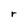
Character: r